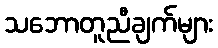
သဘောတူညီချက်များ